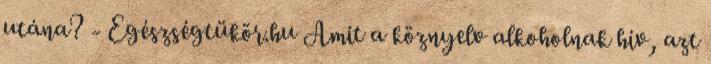
utána? - Egészségtükör.hu Amit a köznyelv alkoholnak hív, azt